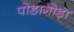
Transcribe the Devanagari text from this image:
पोडागोड़ा